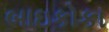
બાઇકોકા